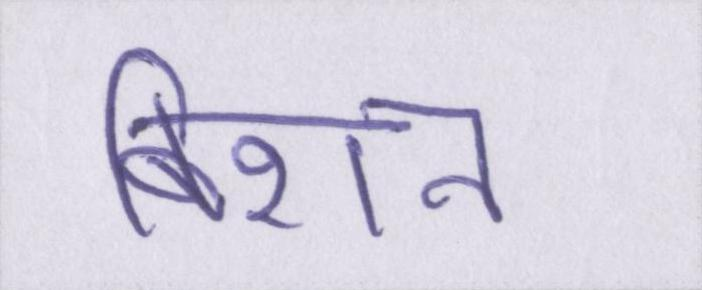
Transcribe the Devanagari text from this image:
बिशन